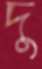
দু